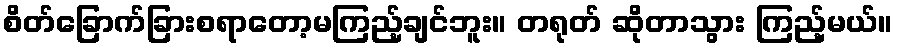
စိတ်ခြောက်ခြားစရာတော့မကြည့်ချင်ဘူး။ တရုတ် ဆိုတာသွား ကြည့်မယ်။